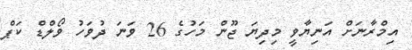
އިމްރާނަށް އަނިޔާވީ މިދިޔަ ޖޫން މަހުގެ 26 ވަނަ ދުވަހު ވޯލްޑް ކަޕް